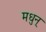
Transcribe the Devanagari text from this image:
मधुन्